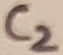
Text: C2